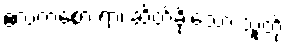
ဧလကစော ရာ၊ ဆိတ်ခိုးသော သူတို့